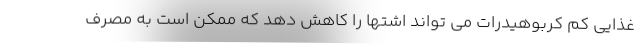
غذایی کم کربوهیدرات می تواند اشتها را کاهش دهد که ممکن است به مصرف